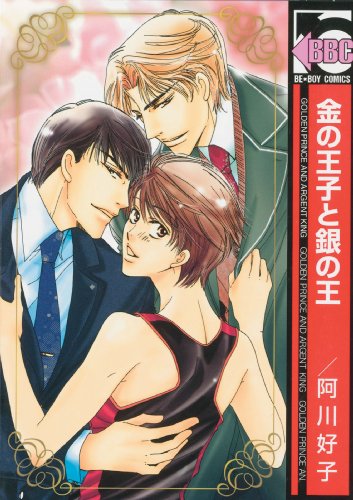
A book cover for Golden Prince and Argent King (Yaoi Manga); Kouko Agawa; Comics & Graphic Novels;